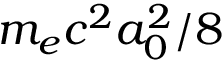
m _ { e } c ^ { 2 } a _ { 0 } ^ { 2 } / 8